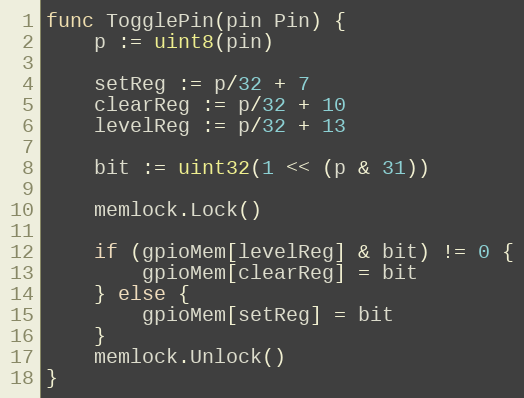
Language: Go
func TogglePin(pin Pin) {
	p := uint8(pin)

	setReg := p/32 + 7
	clearReg := p/32 + 10
	levelReg := p/32 + 13

	bit := uint32(1 << (p & 31))

	memlock.Lock()

	if (gpioMem[levelReg] & bit) != 0 {
		gpioMem[clearReg] = bit
	} else {
		gpioMem[setReg] = bit
	}
	memlock.Unlock()
}